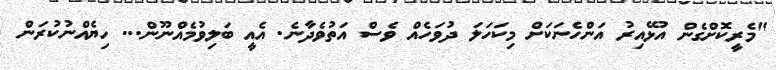
"މެރީކޮށްގެން އުޅޭއިރު އަންހެނަކަށް މިކަހަލަ ދުވަހެއް ވެސް އަތުވެދާނެ. އެއީ ބަލިވުމެއްނޫން... ހިޔެއްނުކުރަން